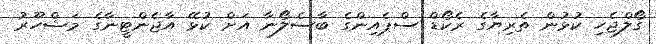
ގޯލްޖެހި ކުޅުން ތެރިޔާގެ ރެކޯޑް ސްޕެއިންގެ ބާސެލޯނާ އަށް ކުޅޭ އާޖެންޓީނާގެ މަޝްހޫރު